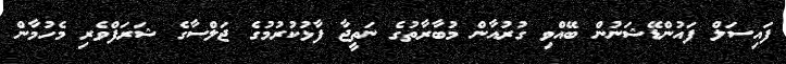
ފައިސަލް ފައުންޑޭޝަނުން ބޭއްވި ގުރުއާން މުބާރާތުގެ ނަތީޖާ ފާޅުކުރުމުގެ ޖަލްސާގެ ޝަރަފްވެރި މެހުމާން